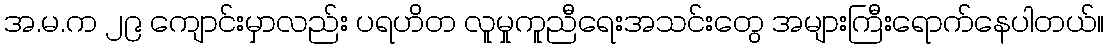
အ.မ.က ၂၉ ကျောင်းမှာလည်း ပရဟိတ လူမှုကူညီရေးအသင်းတွေ အများကြီးရောက်နေပါတယ်။